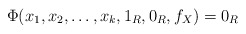
\begin{align*}\Phi(x_{1}, x_{2}, \ldots , x_{k}, 1_{R}, 0_{R}, f_{X}) = 0_{R}\end{align*}